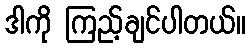
ဒါကို ကြည့်ချင်ပါတယ်။